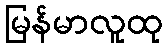
မြန်မာလူထု